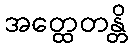
အတ္ထေတန္တိ